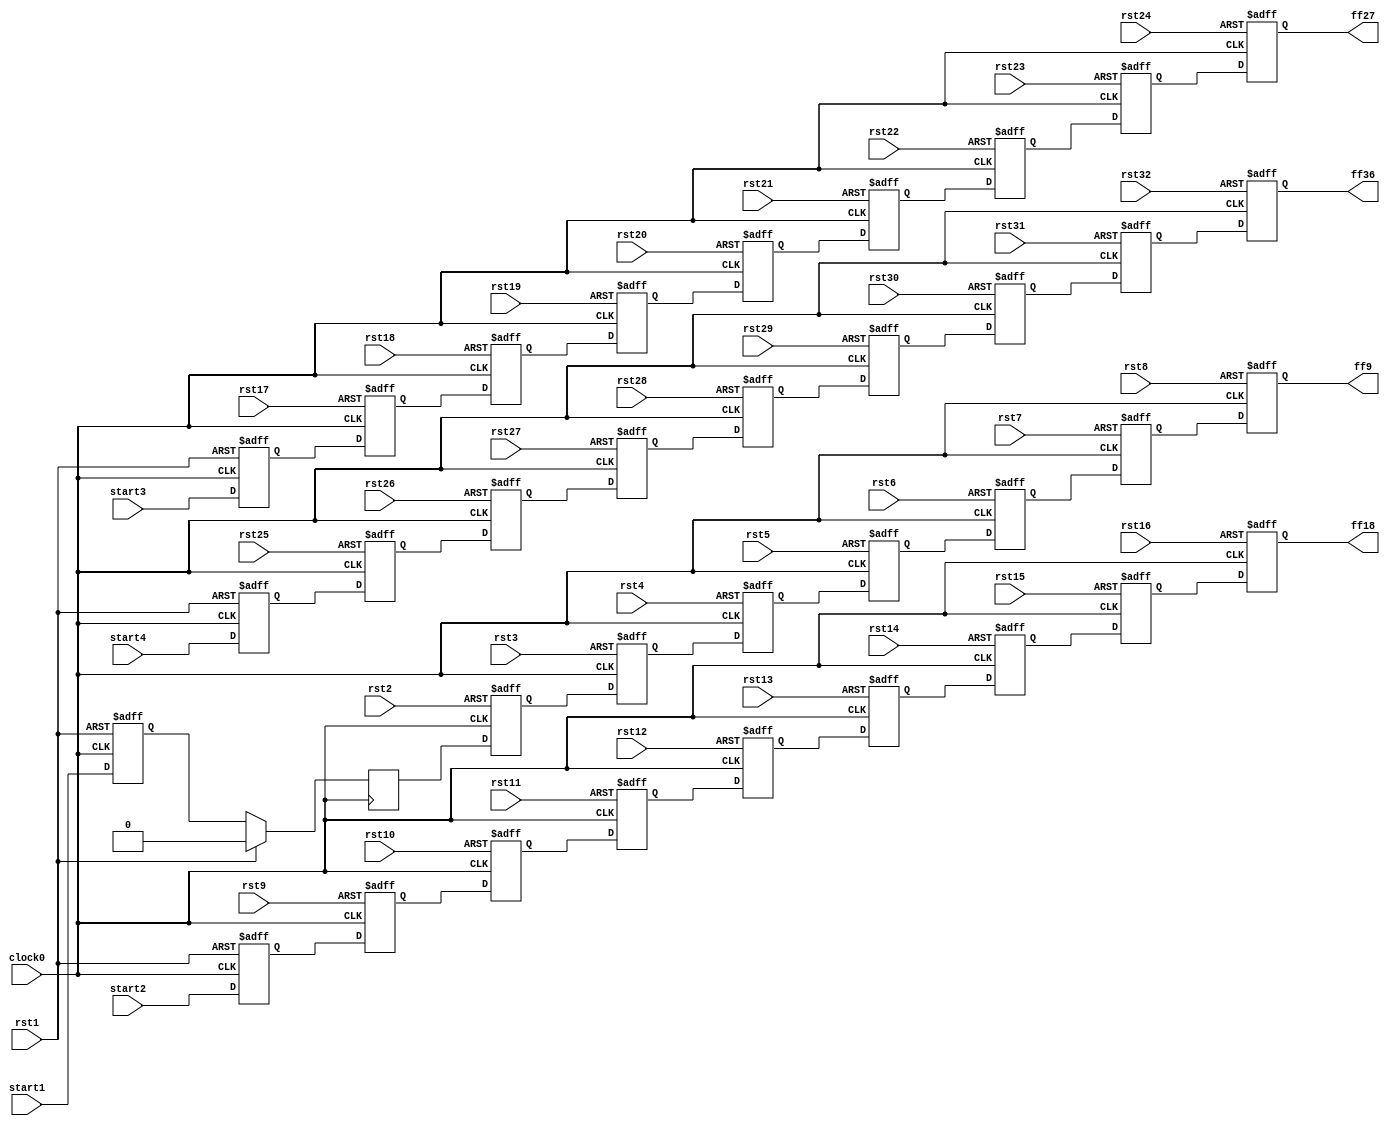
module hop8_L1(

   	input clock0,
		rst1,rst2,rst3,rst4,rst5,rst6,rst7,rst8,rst9,rst10,rst11,rst12,rst13,rst14,
		rst15,rst16,rst17,rst18,rst19,rst20,rst21,rst22,rst23,rst24,rst25,rst26,rst27,
		rst28,rst29,rst30,rst31,rst32,start1,start2,start3,start4,
   	output ff9,ff18,ff27,ff36

	);

   reg ff1,ff2,ff3,ff4,ff5,ff6,ff7,ff8,ff9,ff10,ff11,ff12,ff13,ff14,ff15,ff16,ff17,ff18,ff19,ff20,ff21,ff22,ff23,ff24,ff25,ff26,ff27,ff28,ff29,ff30,ff31,ff32,ff33,ff34,ff35,ff36;


  	always @( posedge clock0, posedge rst1 )
   	begin
   		if( rst1 )
       			ff1 <= 0;
		else
			ff1<= start1;
	end


	always @(posedge clock0)
	begin
    		if( rst1 )
       			ff2 <= 0;      
    		else 
			ff2<= ff1;

	end

	always @(posedge clock0, posedge rst2)
	begin
    		if( rst2)
       			ff3 <= 0;      
    		else 
			ff3<= ff2;

	end

	always @(posedge clock0, posedge rst3)
	begin
    		if( rst3)
       			ff4 <= 0;      
    		else 
			ff4<= ff3;

	end

	always @(posedge clock0, posedge rst4)
	begin
    		if( rst4)
       			ff5 <= 0;      
    		else 
			ff5<= ff4;

	end

	always @(posedge clock0, posedge rst5)
	begin
    		if( rst5)
       			ff6 <= 0;      
    		else 
			ff6<= ff5;

	end

	always @(posedge clock0, posedge rst6)
	begin
    		if( rst6)
       			ff7 <= 0;      
    		else 
			ff7<= ff6;

	end

	always @(posedge clock0, posedge rst7)
	begin
    		if( rst7)
       			ff8 <= 0;      
    		else 
			ff8<= ff7;

	end

	always @(posedge clock0, posedge rst8)
	begin
    		if( rst8)
       			ff9 <= 0;      
    		else 
			ff9<= ff8;

	end

	always @(posedge clock0, posedge rst1)
	begin
    		if( rst1)
       			ff10 <= 0;      
    		else 
			ff10<= start2;

	end

	always @(posedge clock0, posedge rst9)
	begin
    		if( rst9)
       			ff11 <= 0;      
    		else 
			ff11<= ff10;

	end

	always @(posedge clock0, posedge rst10)
	begin
    		if( rst10)
       			ff12 <= 0;      
    		else 
			ff12<= ff11;

	end


	always @(posedge clock0, posedge rst11)
	begin
    		if( rst11)
       			ff13 <= 0;      
    		else 
			ff13<= ff12;

	end	
	always @(posedge clock0, posedge rst12)
	begin
    		if( rst12)
       			ff14 <= 0;      
    		else 
			ff14<= ff13;

	end	
	always @(posedge clock0, posedge rst13)
	begin
    		if( rst13)
       			ff15 <= 0;      
    		else 
			ff15<= ff14;

	end	


	always @(posedge clock0, posedge rst14)
	begin
    		if( rst14)
       			ff16 <= 0;      
    		else 
			ff16<= ff15;

	end


	always @(posedge clock0, posedge rst15)
	begin
    		if( rst15)
       			ff17 <= 0;      
    		else 
			ff17<= ff16;

	end

	always @(posedge clock0, posedge rst16)
	begin
    		if( rst16)
       			ff18 <= 0;      
    		else 
			ff18<= ff17;

	end

	always @(posedge clock0, posedge rst1)
	begin
    		if( rst1)
       			ff19 <= 0;      
    		else 
			ff19<= start3;

	end

	always @(posedge clock0, posedge rst17)
	begin
    		if( rst17)
       			ff20 <= 0;      
    		else 
			ff20<= ff19;

	end





	always @(posedge clock0, posedge rst18)
	begin
    		if( rst18)
       			ff21 <= 0;      
    		else 
			ff21<= ff20;

	end



	always @(posedge clock0, posedge rst19)
	begin
    		if( rst19)
       			ff22 <= 0;      
    		else 
			ff22<= ff21;

	end



	always @(posedge clock0, posedge rst20)
	begin
    		if( rst20)
       			ff23 <= 0;      
    		else 
			ff23<= ff22;

	end



	always @(posedge clock0, posedge rst21)
	begin
    		if( rst21)
       			ff24 <= 0;      
    		else 
			ff24<= ff23;

	end






	always @(posedge clock0, posedge rst22)
	begin
    		if( rst22)
       			ff25 <= 0;      
    		else 
			ff25<= ff24;

	end

	always @(posedge clock0, posedge rst23)
	begin
    		if( rst23)
       			ff26 <= 0;      
    		else 
			ff26<= ff25;

	end

	always @(posedge clock0, posedge rst24)
	begin
    		if( rst24)
       			ff27 <= 0;      
    		else 
			ff27<= ff26;

	end

	always @(posedge clock0, posedge rst1)
	begin
    		if( rst1)
       			ff28 <= 0;      
    		else 
			ff28<= start4;

	end

	always @(posedge clock0, posedge rst25)
	begin
    		if( rst25)
       			ff29 <= 0;      
    		else 
			ff29<= ff28;

	end

	always @(posedge clock0, posedge rst26)
	begin
    		if( rst26)
       			ff30 <= 0;      
    		else 
			ff30<= ff29;

	end

	always @(posedge clock0, posedge rst27)
	begin
    		if( rst27)
       			ff31 <= 0;      
    		else 
			ff31<= ff30;

	end

	always @(posedge clock0, posedge rst28)
	begin
    		if( rst28)
       			ff32 <= 0;      
    		else 
			ff32<= ff31;

	end

	always @(posedge clock0, posedge rst29)
	begin
    		if( rst29)
       			ff33 <= 0;      
    		else 
			ff33<= ff32;

	end

	always @(posedge clock0, posedge rst30)
	begin
    		if( rst30)
       			ff34 <= 0;      
    		else 
			ff34<= ff33;

	end

	always @(posedge clock0, posedge rst31)
	begin
    		if( rst31)
       			ff35 <= 0;      
    		else 
			ff35<= ff34;

	end

	always @(posedge clock0, posedge rst32)
	begin
    		if( rst32)
       			ff36 <= 0;      
    		else 
			ff36<= ff35;

	end


endmodule